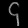
Digit: ၄